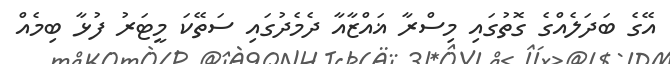
އޭގެ ބަދަލެއްގެ ގޮތުގައި މިސްރާ ޣައްޒާއާ ދެމެދުގައި ސަތޭކަ މީޓަރު ފުޅާ ބިމެއް